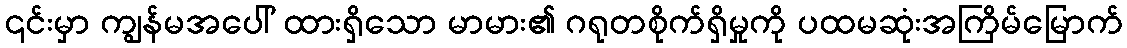
၎င်းမှာ ကျွန်မအပေါ် ထားရှိသော မာမား၏ ဂရုတစိုက်ရှိမှုကို ပထမဆုံးအကြိမ်မြောက်